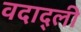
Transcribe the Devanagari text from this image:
वदाद्ली